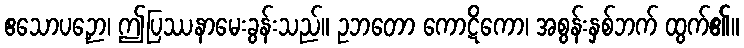
ဧသောပဉှော၊ ဤပြဿနာမေးခွန်းသည်။ ဥဘတော ကောဋိကော၊ အစွန်းနှစ်ဘက် ထွက်၏။